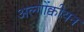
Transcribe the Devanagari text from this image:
अल्गोंक्वीयन